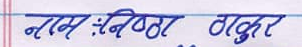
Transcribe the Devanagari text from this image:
नाम :निष्ठा ठाकुर